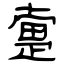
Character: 疐